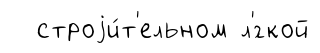
строjи́т'ельном л'́гкой